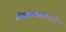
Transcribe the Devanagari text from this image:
सीमारेषेपलीकडे